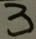
3